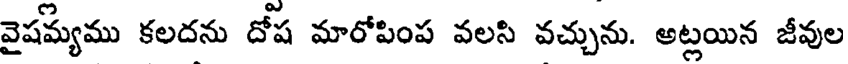
వైషమ్యము కలదను దోష మారోపింప వలసి వచ్చును. అట్లయిన జీవుల